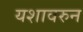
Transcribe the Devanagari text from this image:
यशावरुन